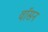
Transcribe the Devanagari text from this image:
वॉसन